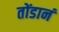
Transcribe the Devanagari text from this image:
तोंडानं